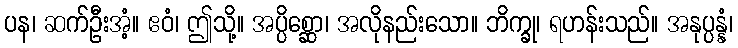
ပန၊ ဆက်ဦးအံ့။ ဧဝံ၊ ဤသို့။ အပ္ပိစ္ဆော၊ အလိုနည်းသော။ ဘိက္ခု၊ ရဟန်းသည်။ အနုပ္ပန္နံ၊